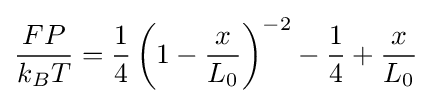
{\frac {FP}{k_{B}T}}={\frac {1}{4}}\left(1-{\frac {x}{L_{0}}}\right)^{-2}-{\frac {1}{4}}+{\frac {x}{L_{0}}}